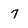
Character: 7